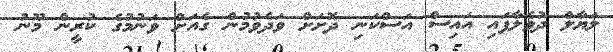
ލަޔާލް ދުވެލާފައި އައިސް އަސްކަނި ދޮށަށް ވަދެވުމުން ގެއަށް ވަނުމުގެ ކުރީން މޫނު